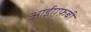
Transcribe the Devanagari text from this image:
आईएफ़बी